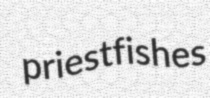
priestfishes